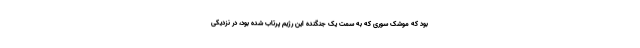
بود که موشک سوری که به سمت یک جنگنده این رژیم پرتاب شده بود، در نزدیکی